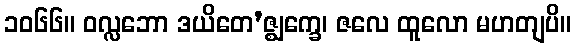
၁၀၆၆။ ဝလ္လဘော ဒယိတေ’ဇ္ဈက္ခေ၊ ဇလေ ထူလော မဟတျပိ။